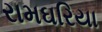
રામઘરિયા